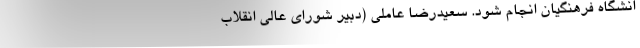
انشگاه فرهنگیان انجام شود. سعیدرضا عاملی (دبیر شورای عالی انقلاب